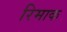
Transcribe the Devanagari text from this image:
रिमाक